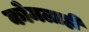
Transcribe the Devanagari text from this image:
कोमलाही